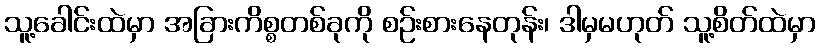
သူ့ခေါင်းထဲမှာ အခြားကိစ္စတစ်ခုကို စဉ်းစားနေတုန်း၊ ဒါမှမဟုတ် သူ့စိတ်ထဲမှာ